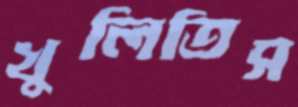
খুলিতিস